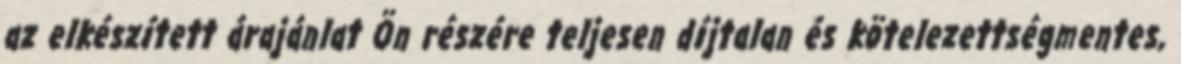
az elkészített árajánlat Ön részére teljesen díjtalan és kötelezettségmentes,